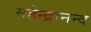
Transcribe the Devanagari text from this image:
महेन्द्रानन्द